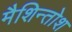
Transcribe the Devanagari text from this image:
मैशिन्तोश